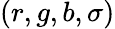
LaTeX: (r,g,b,\sigma)